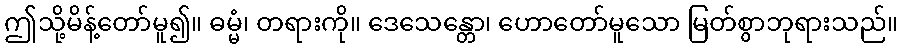
ဤသို့မိန့်တော်မူ၍။ ဓမ္မံ၊ တရားကို။ ဒေသေန္တော၊ ဟောတော်မူသော မြတ်စွာဘုရားသည်။